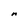
Character: n